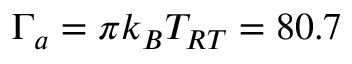
\Gamma _ { a } = \pi k _ { B } T _ { R T } = 8 0 . 7